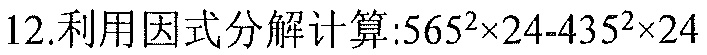
12.利用因式分解计算:$565^{2}\times24 - 435^{2}\times24$